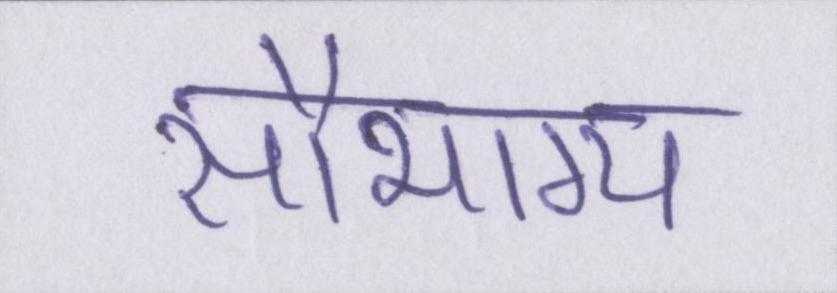
सौभाग्य